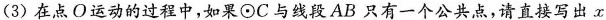
(3)在点O运动的过程中，如果 \odot C与线段AB只有一个公共点，请直接写出x